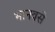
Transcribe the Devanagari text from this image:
भानवसे